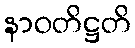
နာဝတိဋ္ဌတိ